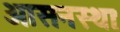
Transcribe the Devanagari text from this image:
आसनस्थाः